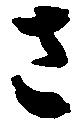
さ